Bréfritari: Ragnhildur Ólafsdóttir
Viðtakandi: Jón Borgfirðingur
Dagsetning: A-1852-04-25
Skrifað á: Lundum  Mýr.

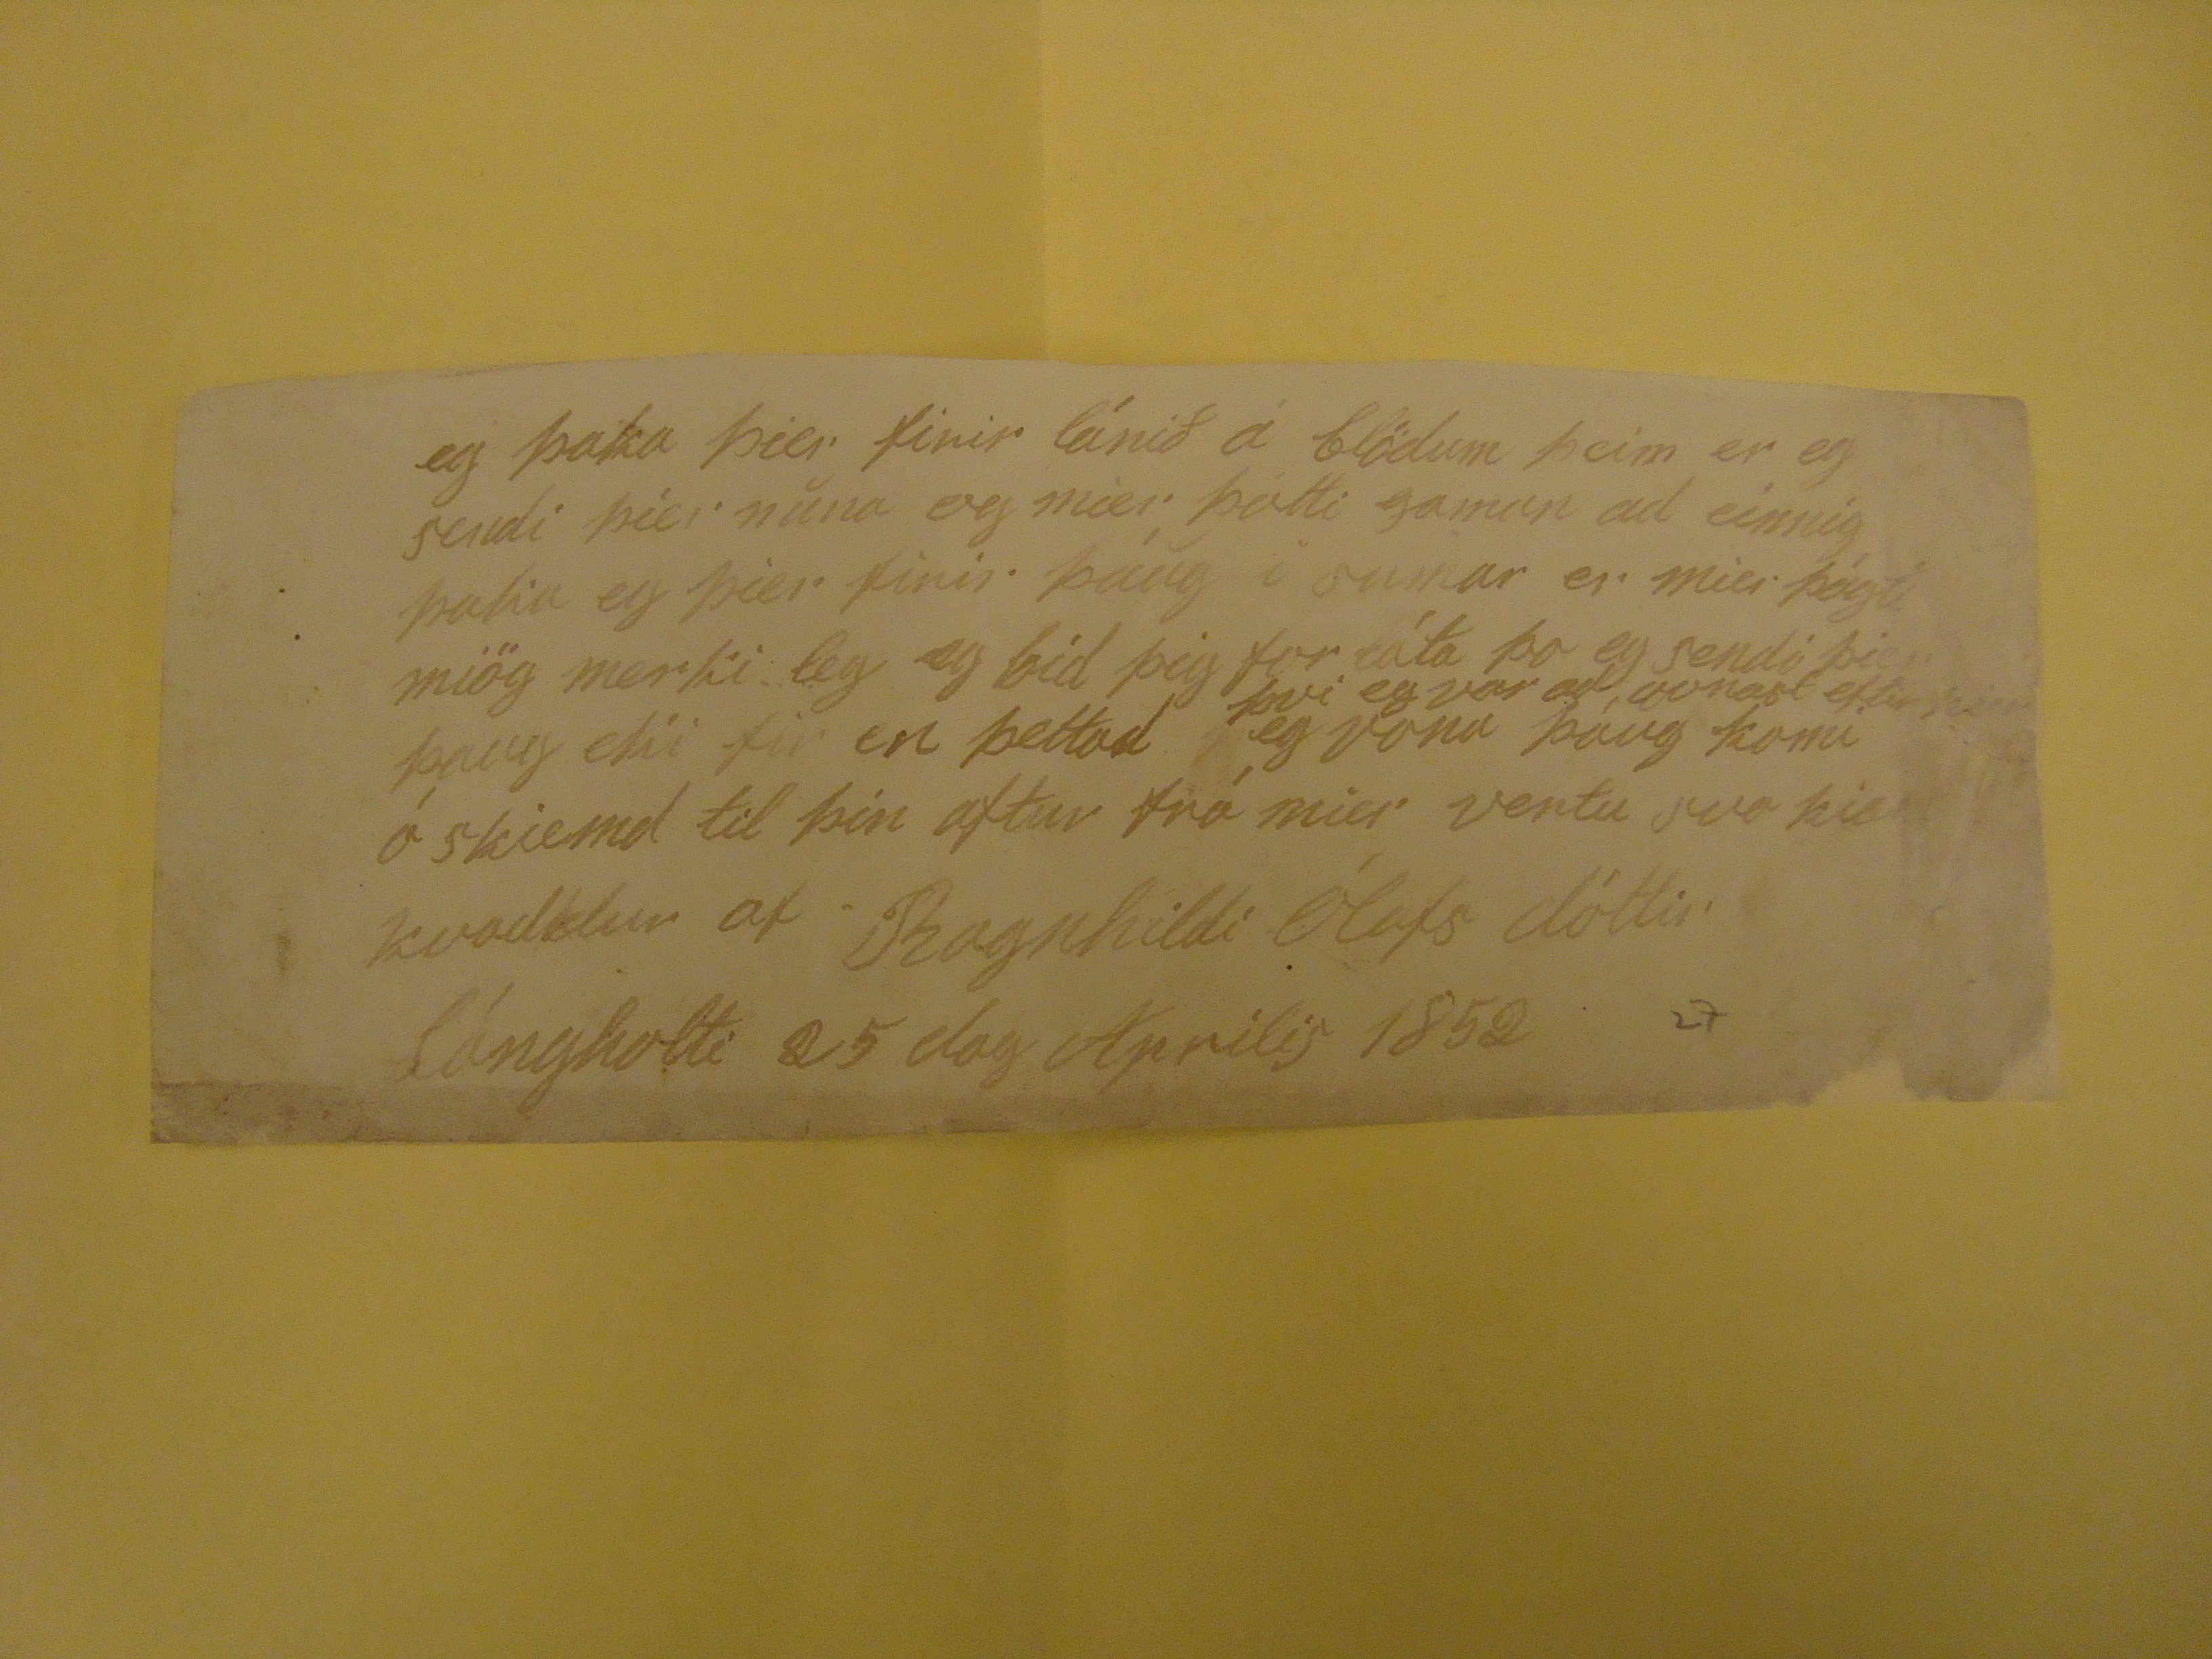

eg þaka þier firir lánið á blödum þeim er eg sendi þier nuna og mier þótti gaman ad einnig þaka eg þier firir þáug i sumar er mier þógti miög merki leg eg bid þig for láta þo eg sendi þier þaug eki fir en þettad eg vona þáug komi
þvi eg var ad vonast eftir þier
ó skiemd til þín aftur frá mier vertu svo hier kvaddur af Ragnhildi Ólafs dóttir lángholti 25 dag Aprilis 1852